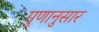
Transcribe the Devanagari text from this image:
गुणानुसार